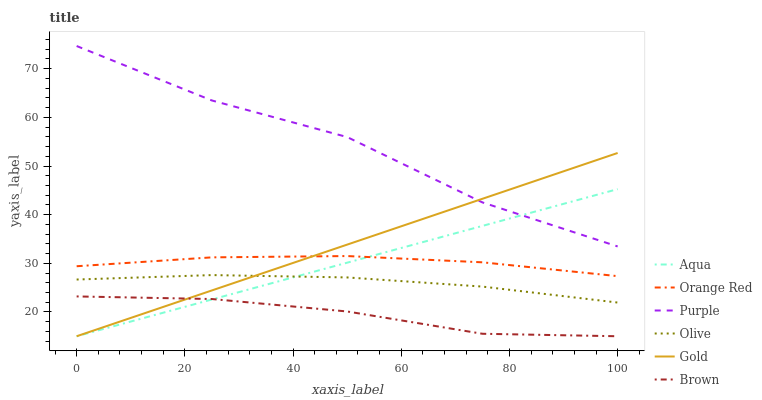
| xaxis_label | Aqua | Orange Red | Purple | Olive | Gold | Brown |
 | --- | --- | --- | --- | --- | --- | --- |
 | 0 | 15 | 29.4 | 74.7 | 26.7 | 15 | 23.2 |
 | 25 | 22.6 | 31.2 | 63.5 | 27.6 | 24.4 | 22.7 |
 | 50 | 30.1 | 31.5 | 56 | 27.1 | 33.8 | 20.1 |
 | 75 | 37.7 | 30.2 | 42.5 | 25.2 | 43.3 | 15.5 |
 | 100 | 45.2 | 27.4 | 33.5 | 21.9 | 52.7 | 15 |